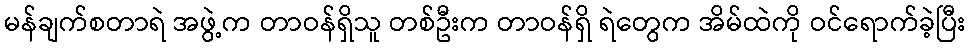
မန်ချက်စတာရဲ အဖွဲ့က တာဝန်ရှိသူ တစ်ဦးက တာဝန်ရှိ ရဲတွေက အိမ်ထဲကို ဝင်ရောက်ခဲ့ပြီး